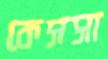
কেসসা